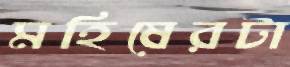
মহিষেরটা